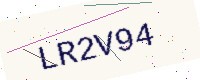
Text: LR2V94